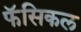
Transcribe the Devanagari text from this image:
फॅसिकल